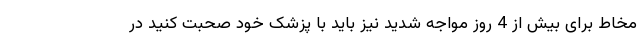
مخاط برای بیش از 4 روز مواجه شدید نیز باید با پزشک خود صحبت کنید در